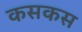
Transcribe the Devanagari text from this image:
कसकस